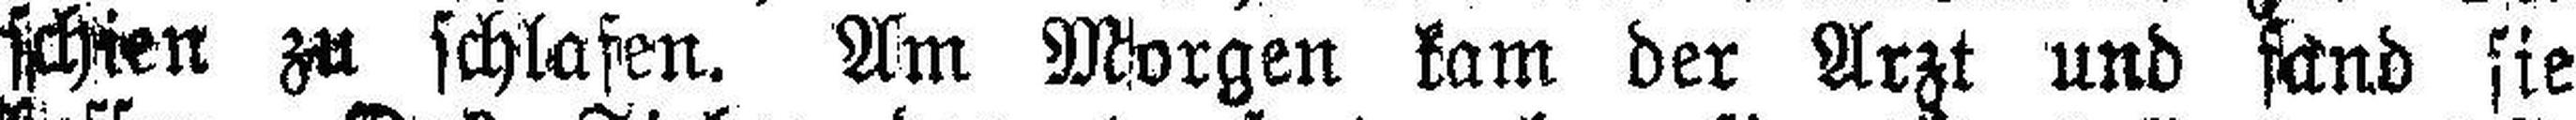
schien zu schlafen. Am Morgen kam der Arzt und fand sie